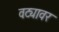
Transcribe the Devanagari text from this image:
वट्यावर